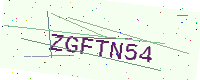
Text: ZGFTN54